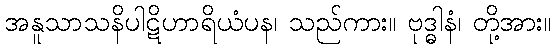
အနူသာသနိပါဋိဟာရိယံပန၊ သည်ကား။ ဗုဒ္ဓါနံ၊ တို့အား။